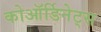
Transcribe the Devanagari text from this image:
कोऑर्डिनेट्स